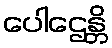
ပေါဌေန္တိ